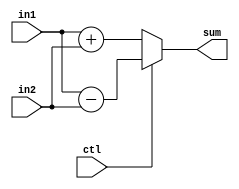
module DW01_addsub_oper(in1,in2,ctl,sum);
  parameter wordlength = 8;

  input [wordlength-1:0] in1,in2;
  input ctl;
  output [wordlength-1:0] sum;
  reg [wordlength-1:0] sum;

  always @(in1 or in2 or ctl)
  begin
    if (ctl == 0) 
      sum = in1 + in2;
    else
      sum = in1 - in2;
  end
endmodule